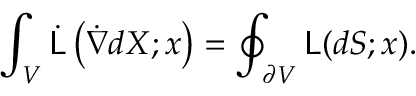
\int _ { V } { \dot { \mathsf { L } } } \left( { \dot { \nabla } } d X ; x \right) = \oint _ { \partial V } { \mathsf { L } } ( d S ; x ) .